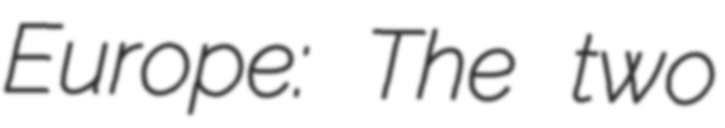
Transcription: Europe: The two